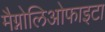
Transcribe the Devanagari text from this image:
मैग्नोलिओफाइटा